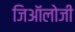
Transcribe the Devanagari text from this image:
जिऑलोजी